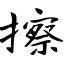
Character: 擦